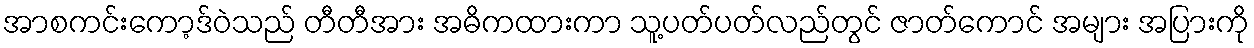
အာစကင်းကော့ဒ်ဝဲသည် တီတီအား အဓိကထားကာ သူ့ပတ်ပတ်လည်တွင် ဇာတ်ကောင် အများ အပြားကို